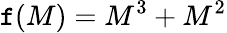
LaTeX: \mathtt{f}(M)=M^{3}+M^{2}